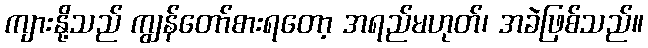
ကျားနို့သည် ကျွန်တော်စားရတော့ အရည်မဟုတ်၊ အခဲဖြစ်သည်။